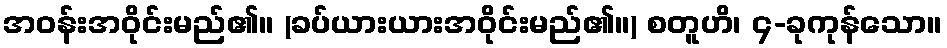
အဝန်းအဝိုင်းမည်၏။ (ခပ်ယားယားအဝိုင်းမည်၏။) စတူဟိ၊ ၄-ခုကုန်သော။